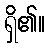
ရှိ၏။